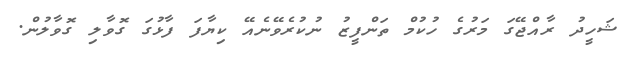
ޝަހީދު ރާއްޖޭގަ މަރުގެ ހުކުމް ތަންފީޒު ނުކުރެވޭނެއޭ ކިޔާފަ ފާޅުގަ ގޮވާލި ގޮވާލުން.